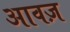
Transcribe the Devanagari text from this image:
आवज़